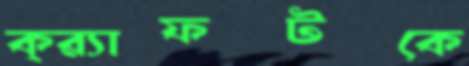
ক্র্যাফটকে